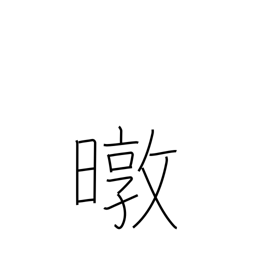
Meaning: sun's rays